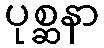
ပုစ္ဆနာ